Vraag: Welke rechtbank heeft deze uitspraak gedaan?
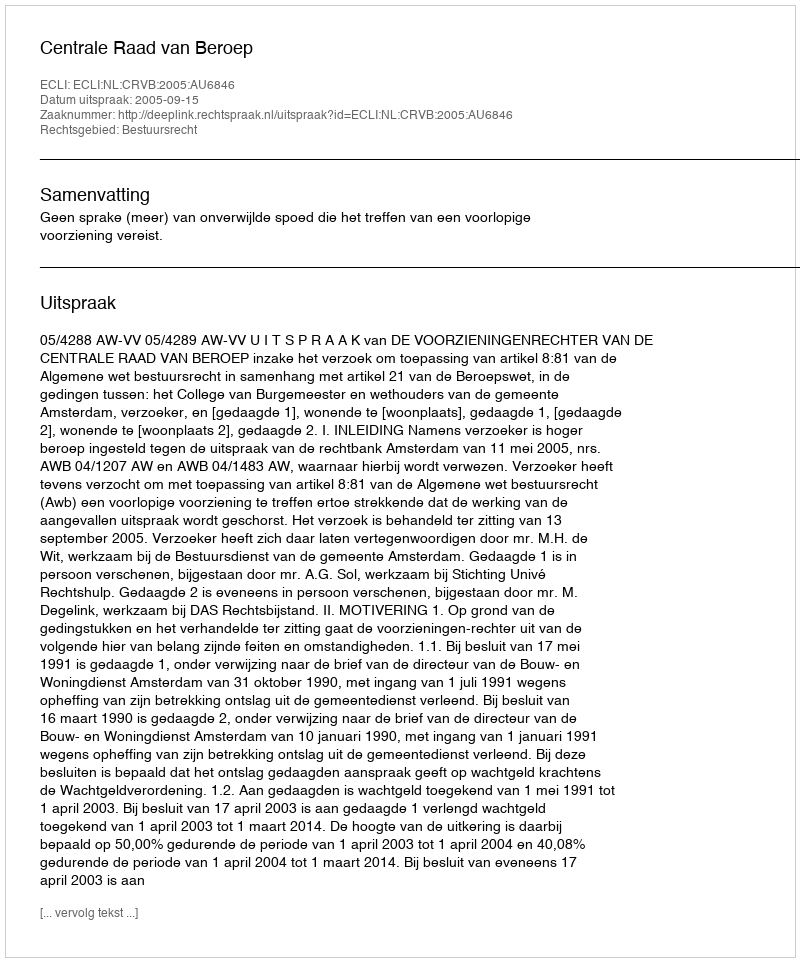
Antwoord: Centrale Raad van Beroep